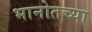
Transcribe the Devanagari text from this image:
भानोतच्या